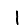
Digit: 1